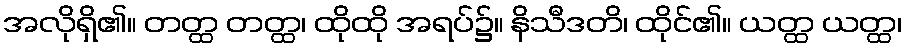
အလိုရှိ၏။ တတ္ထ တတ္ထ၊ ထိုထို အရပ်၌။ နိသီဒတိ၊ ထိုင်၏။ ယတ္ထ ယတ္ထ၊